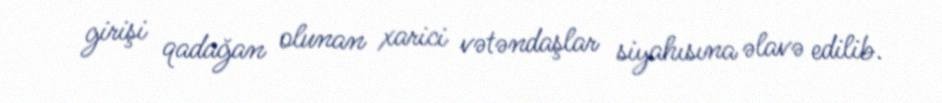
girişi qadağan olunan xarici vətəndaşlar siyahısına əlavə edilib.